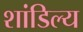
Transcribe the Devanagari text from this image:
शांडिल्‍य